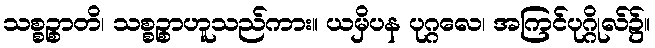
သစ္စဉ္စာတိ၊ သစ္စဉ္စာဟူသည်ကား။ ယမှိပန ပုဂ္ဂလေ၊ အကြင်ပုဂ္ဂိုလ်၌။